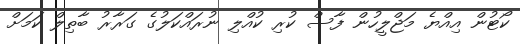
ކޯޓުން އިއްޔެ މަޖްލީހުން ފާސް ކުރި ކުއްލި ނުރައްކަލުގެ ގަރާރު ބާތިލް ކަމަށް